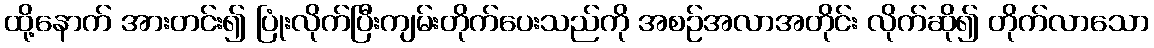
ထို့နောက် အားတင်း၍ ပြုံးလိုက်ပြီးကျမ်းတိုက်ပေးသည်ကို အစဉ်အလာအတိုင်း လိုက်ဆို၍ တိုက်လာသော